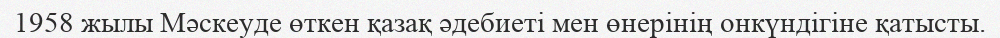
1958 жылы Мәскеуде өткен қазақ әдебиеті мен өнерінің онкүндігіне қатысты.